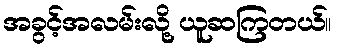
အခွင့်အလမ်းလို့ ယူဆကြတယ်။